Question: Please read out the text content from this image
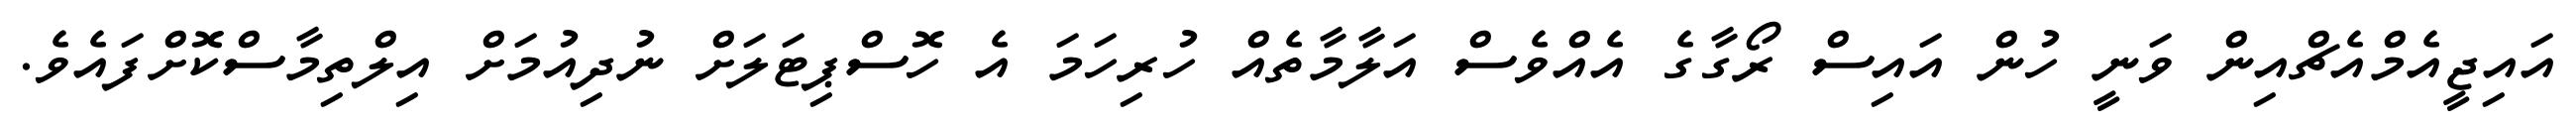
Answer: އައިޖީއެމްއެޗްއިން ވަނީ ހުން އައިސް ރޯގާގެ އެއްވެސް އަލާމާތެއް ހުރިހަމަ އެ ހޮސްޕިޓަލަށް ނުދިއުމަށް އިލްތިމާސްކޮށްފައެވެ.